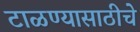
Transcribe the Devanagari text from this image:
टाळण्यासाठीचे